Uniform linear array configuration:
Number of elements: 8
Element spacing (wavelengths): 0.25
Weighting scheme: cosine
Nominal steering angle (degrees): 45
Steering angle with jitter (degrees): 46.24
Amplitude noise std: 0.05
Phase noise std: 0.05

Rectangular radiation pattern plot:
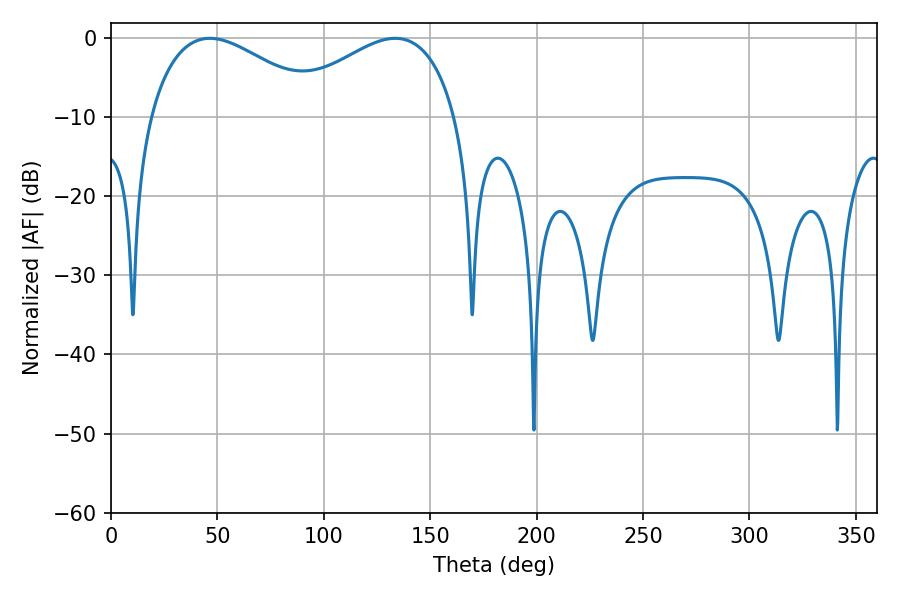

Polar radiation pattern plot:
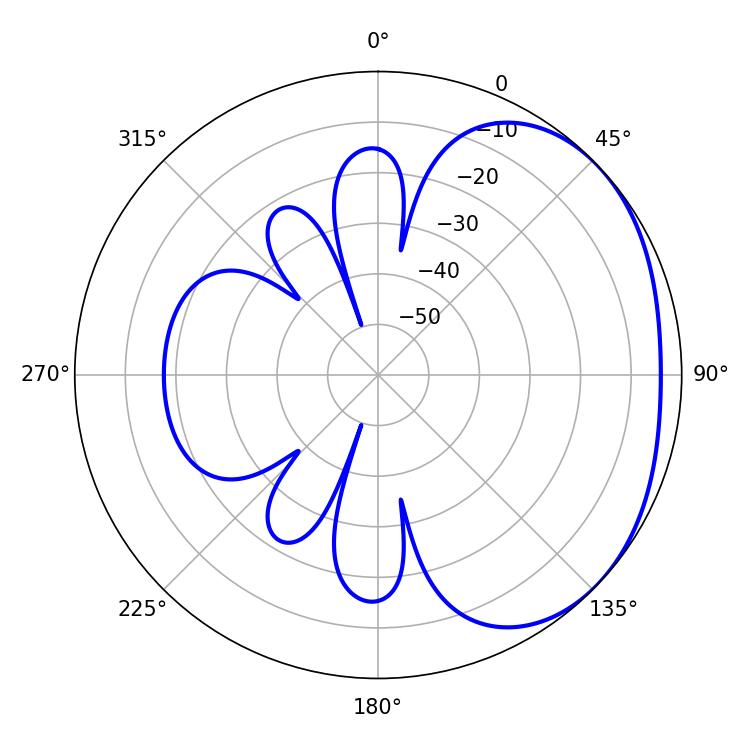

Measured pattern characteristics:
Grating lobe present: FALSE
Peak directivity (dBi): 2.208
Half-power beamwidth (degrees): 44.82
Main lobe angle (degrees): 46.44